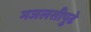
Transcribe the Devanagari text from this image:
मजलसीपुढे